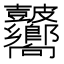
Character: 𥀾